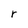
Character: r